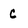
Character: c